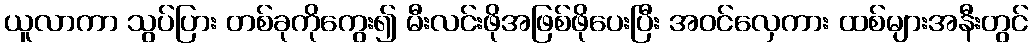
ယူလာကာ သွပ်ပြား တစ်ခုကိုကွေး၍ မီးလင်းဖိုအဖြစ်ဖိုပေးပြီး အဝင်လှေကား ထစ်များအနီးတွင်